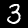
Label: 3